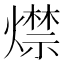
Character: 𤐖